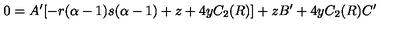
0 = A ^ { \prime } [ - r ( \alpha - 1 ) s ( \alpha - 1 ) + z + 4 y C _ { 2 } ( R ) ] + z B ^ { \prime } + 4 y C _ { 2 } ( R ) C ^ { \prime }